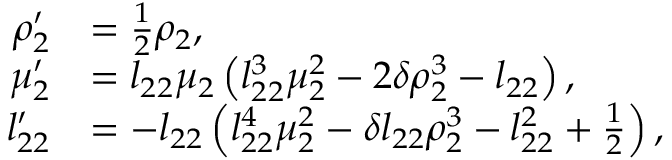
\begin{array} { r l } { \rho _ { 2 } ^ { \prime } } & { = \frac 1 2 \rho _ { 2 } , } \\ { \mu _ { 2 } ^ { \prime } } & { = l _ { 2 2 } \mu _ { 2 } \left( l _ { 2 2 } ^ { 3 } \mu _ { 2 } ^ { 2 } - 2 \delta \rho _ { 2 } ^ { 3 } - l _ { 2 2 } \right) , } \\ { l _ { 2 2 } ^ { \prime } } & { = - l _ { 2 2 } \left( l _ { 2 2 } ^ { 4 } \mu _ { 2 } ^ { 2 } - \delta l _ { 2 2 } \rho _ { 2 } ^ { 3 } - l _ { 2 2 } ^ { 2 } + \frac 1 2 \right) , } \end{array}